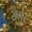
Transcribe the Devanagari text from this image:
सेगुर